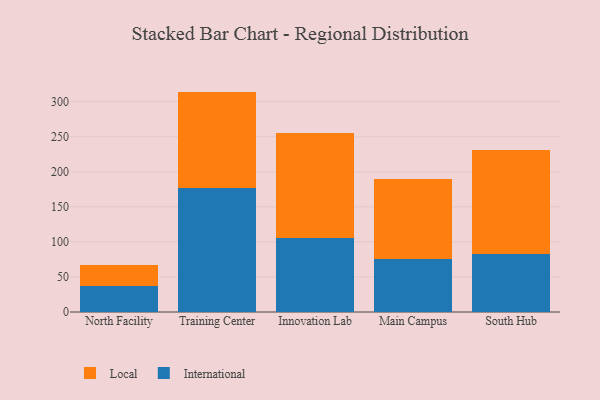
{"axis": {"x": "Campus", "y": "Satisfaction Score"}, "legend": ["International", "Local"], "data": [{"x": "North Facility", "y": 37.6, "type": "International"}, {"x": "North Facility", "y": 29.3, "type": "Local"}, {"x": "Training Center", "y": 177.0, "type": "International"}, {"x": "Training Center", "y": 137.4, "type": "Local"}, {"x": "Innovation Lab", "y": 105.4, "type": "International"}, {"x": "Innovation Lab", "y": 149.9, "type": "Local"}, {"x": "Main Campus", "y": 75.0, "type": "International"}, {"x": "Main Campus", "y": 114.2, "type": "Local"}, {"x": "South Hub", "y": 82.1, "type": "International"}, {"x": "South Hub", "y": 149.0, "type": "Local"}]}